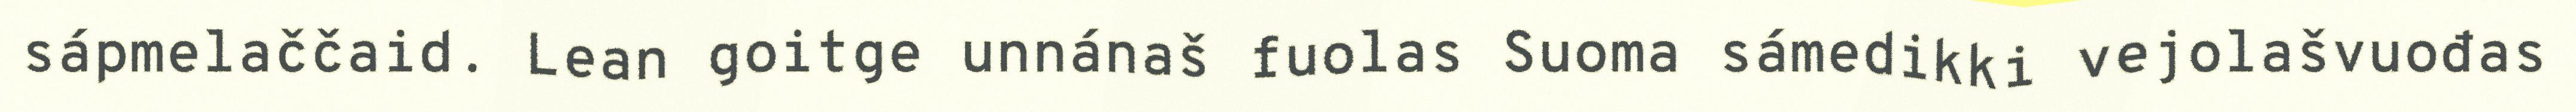
sápmelaččaid. Lean goitge unnánaš fuolas Suoma sámedikki vejolašvuođas